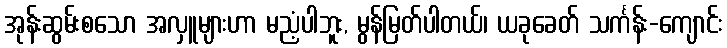
အုန်းဆွမ်းစသော အလှူများဟာ မညံ့ပါဘူး, မွန်မြတ်ပါတယ်၊ ယခုခေတ် သင်္ကန်း-ကျောင်း